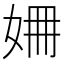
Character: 𡜜